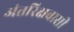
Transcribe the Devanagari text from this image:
अंतरिक्षवासी